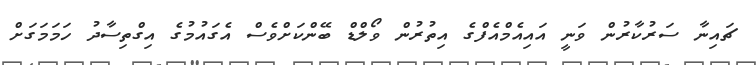
ޗައިނާ ސަރުކާރުން ވަނީ އައިއެމްއެފްގެ އިތުރުން ވޯލްޑް ބޭންކަށްވެސް އެގައުމުގެ އިގްތިސާދު ހަމަމަގަށް